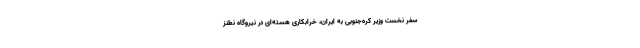
سفر نخست‌ وزیر کره‌جنوبی به ایران، خرابکاری هسته‌ای در نیروگاه نطنز